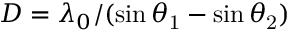
D = \lambda _ { 0 } / ( \sin \theta _ { \mathrm { 1 } } - \sin \theta _ { \mathrm { 2 } } )